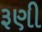
રૂણી